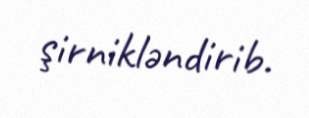
şirnikləndirib.